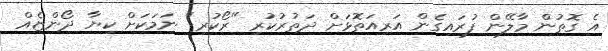
އެ ގޮތުން މާލޭން ފުރައިގެން އަރިއަތޮޅަށް ދަތުރުކުރި "ރޯކުރި" ނަމަކަށް ކިޔާ ދޯންޏެއް